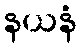
နယနံ